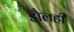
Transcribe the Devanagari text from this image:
डौलही